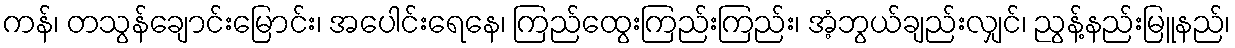
ကန်၊ တသွန်ချောင်းမြောင်း၊ အပေါင်းရေနေ၊ ကြည်ထွေးကြည်းကြည်း၊ အံ့ဘွယ်ချည်းလျှင်၊ ညွန့်နည်းမြူနည်၊